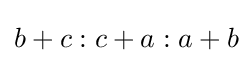
b+c:c+a:a+b